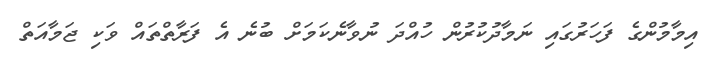
އިމާމުންގެ ފަހަރުގައި ނަމާދުކުރުން ހުއްދަ ނުވާނެކަމަށް ބުނެ އެ ފަރާތްތައް ވަކި ޖަމާއަތް